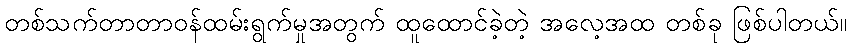
တစ်သက်တာတာဝန်ထမ်းရွက်မှုအတွက် ထူထောင်ခဲ့တဲ့ အလေ့အထ တစ်ခု ဖြစ်ပါတယ်။